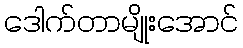
ဒေါက်တာမျိုးအောင်